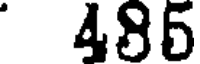
485